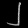
Digit: ၂